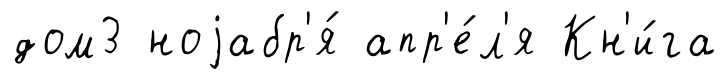
дом3 ноjабр'я́ апр'е́л'я Кн'и́га